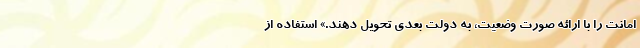
امانت را با ارائه صورت وضعیت، به دولت بعدی تحویل دهند.» استفاده از